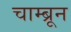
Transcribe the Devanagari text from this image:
चाम्ब्रून